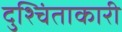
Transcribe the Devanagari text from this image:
दुश्चिंताकारी